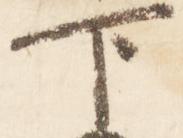
下